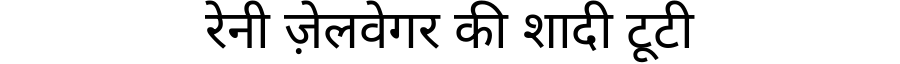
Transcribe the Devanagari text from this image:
रेनी ज़ेलवेगर की शादी टूटी